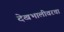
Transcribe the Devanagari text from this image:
देखभालीवरचा